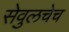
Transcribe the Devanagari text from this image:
सेवुलचेच